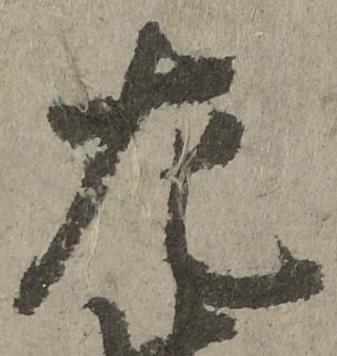
左